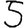
Digit: 5